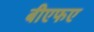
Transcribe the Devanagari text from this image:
बीएफए